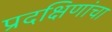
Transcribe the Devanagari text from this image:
प्रदक्षिणांचा